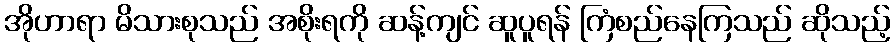
အိုဟာရာ မိသားစုသည် အစိုးရကို ဆန့်ကျင် ဆူပူရန် ကြံစည်နေကြသည် ဆိုသည့်